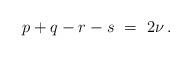
LaTeX: \begin{align*} p+q-r-s\ =\ 2\nu\,.\end{align*}